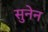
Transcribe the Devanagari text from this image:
सुनेन